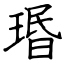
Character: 瑉